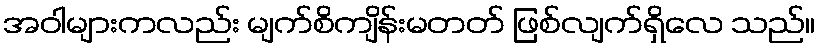
အဝါများကလည်း မျက်စိကျိန်းမတတ် ဖြစ်လျက်ရှိလေ သည်။